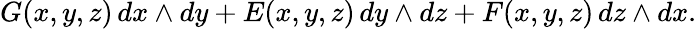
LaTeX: G(x,y,z)\, dx\wedge dy+E(x,y,z)\, dy\wedge dz+F(x,y,z)\, dz\wedge dx.